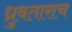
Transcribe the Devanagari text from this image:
ध्रुवताराच